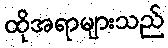
ထိုအရာများသည်